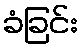
ခံခြင်း